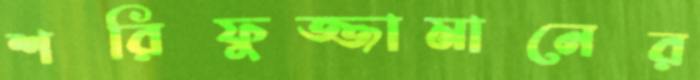
শরিফুজ্জামানের